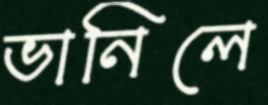
ভানিলে